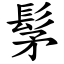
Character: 髳